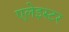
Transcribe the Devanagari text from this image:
एलेइस्टर